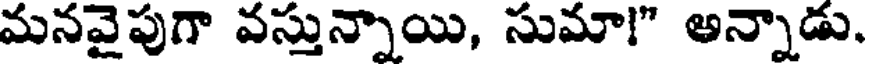
మనవైపుగా వస్తున్నాయి, సుమా!" అన్నాడు.